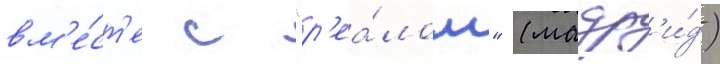
вм'е́ст'е с "р'еа́лом" (мадр'и́д)